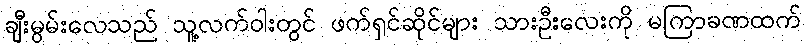
ချီးမွမ်းလေသည် သူ့လက်ဝါးတွင် ဖက်ရှင်ဆိုင်များ သားဦးလေးကို မကြာခဏထက်